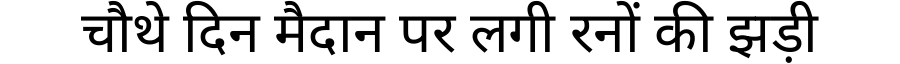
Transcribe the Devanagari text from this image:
चौथे दिन मैदान पर लगी रनों की झड़ी